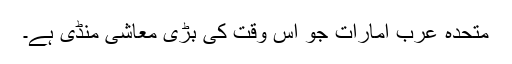
متحدہ عرب امارات جو اس وقت کی بڑی معاشی منڈی ہے۔